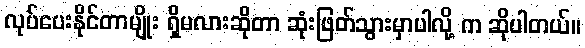
လုပ်ပေးနိုင်တာမျိုး ရှိမလားဆိုတာ ဆုံးဖြတ်သွားမှာပါလို့ က ဆိုပါတယ်။